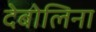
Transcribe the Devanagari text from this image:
देबोलिना